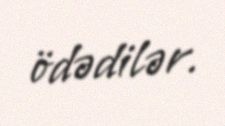
ödədilər.